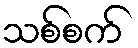
သစ်စက်